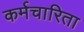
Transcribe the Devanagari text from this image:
कर्मचारिता